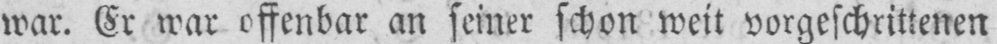
war. Er war offenbar an seiner schon weit vorgeschrittenen